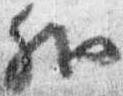
外